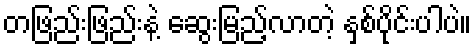
တဖြည်းဖြည်းနဲ့ ဆွေးမြည့်လာတဲ့ နှစ်ပိုင်းပါပဲ။